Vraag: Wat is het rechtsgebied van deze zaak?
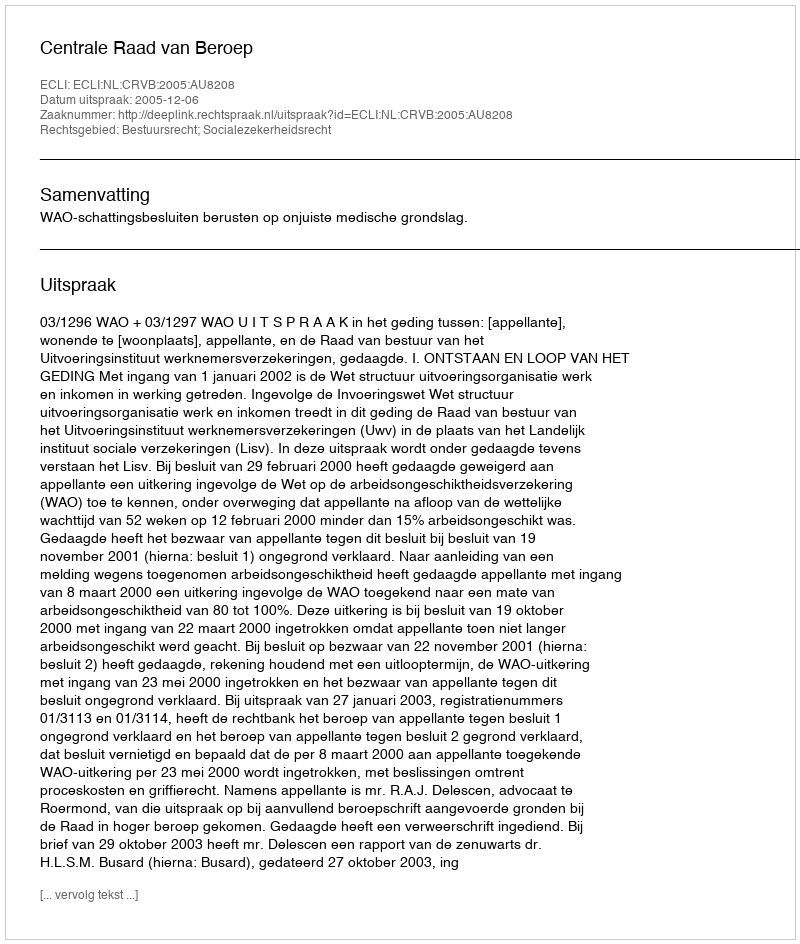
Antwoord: Bestuursrecht; Socialezekerheidsrecht